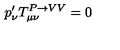
p _ { \nu } ^ { \prime } T _ { \mu \nu } ^ { P \rightarrow V V } = 0